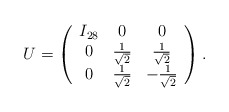
\begin{align*}U = \left( \begin{array}{ccc} I_{28} & 0 & 0 \\ 0 & \frac{1}{\sqrt{2}} & \frac{1}{\sqrt{2}} \\ 0 & \frac{1}{\sqrt{2}} & - \frac{1}{\sqrt{2}} \end{array} \right). \\\end{align*}